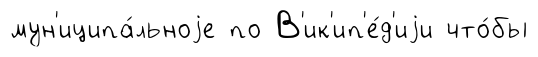
мун'иципа́льноjе по В'ик'ип'е́д'иjи что́бы